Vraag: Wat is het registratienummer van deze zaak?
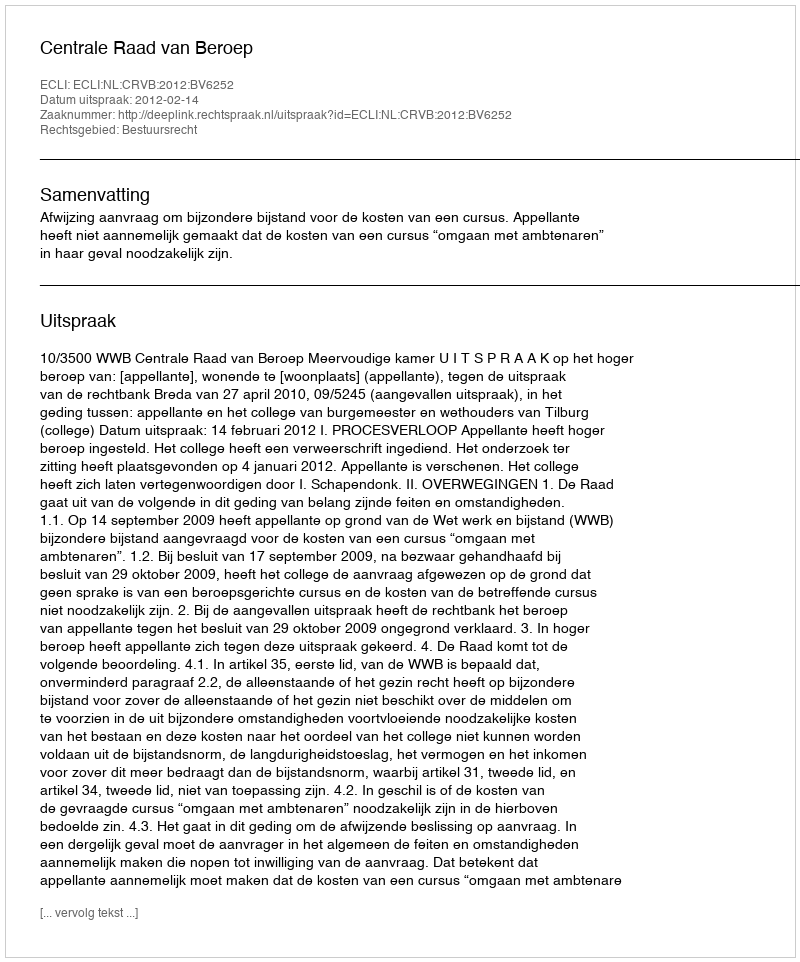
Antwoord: http://deeplink.rechtspraak.nl/uitspraak?id=ECLI:NL:CRVB:2012:BV6252